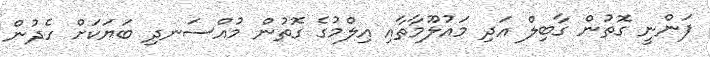
ފަންނީ ގޮތުން ގާބިލް އަދި މައުލޫމާތާއި އިލްމުގެ ގޮތުން މުއްސަނދި ބަޔަކަށް ހެދުން